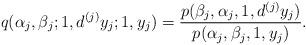
LaTeX: \begin{align*}q(\alpha_j,\beta_j;1,d^{(j)}y_j;1,y_j)=\frac{p(\beta_j,\alpha_j,1,d^{(j)}y_j)}{p(\alpha_j,\beta_j,1,y_j)}.\end{align*}